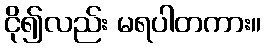
ငို၍လည်း မရပါတကား။